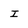
Character: I